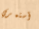
أستمري